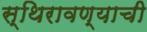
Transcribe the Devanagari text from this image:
स्थिरावण्याची